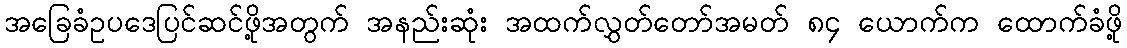
အခြေခံဥပဒေပြင်ဆင်ဖို့အတွက် အနည်းဆုံး အထက်လွှတ်တော်အမတ် ၈၄ ယောက်က ထောက်ခံဖို့